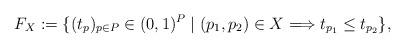
LaTeX: \begin{align*}F_X:=\{(t_p)_{p\in P}\in(0, 1)^P\mid (p_1, p_2)\in X\Longrightarrow t_{p_1}\leq t_{p_2}\}, \end{align*}